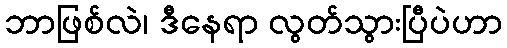
ဘာဖြစ်လဲ၊ ဒီနေရာ လွတ်သွားပြီပဲဟာ